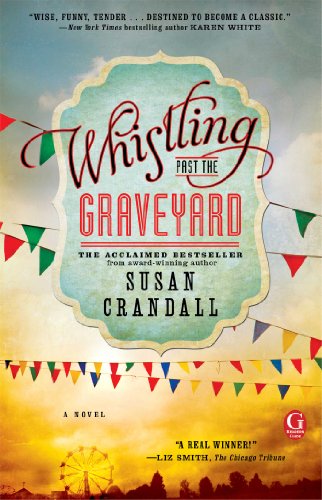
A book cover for Whistling Past the Graveyard; Susan Crandall; Literature & Fiction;